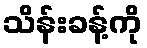
သိန်းခန့်ကို